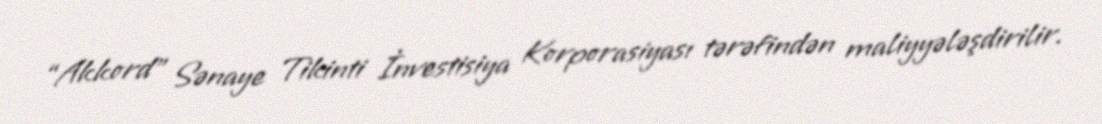
“Akkord” Sənaye Tikinti İnvestisiya Korporasiyası tərəfindən maliyyələşdirilir.